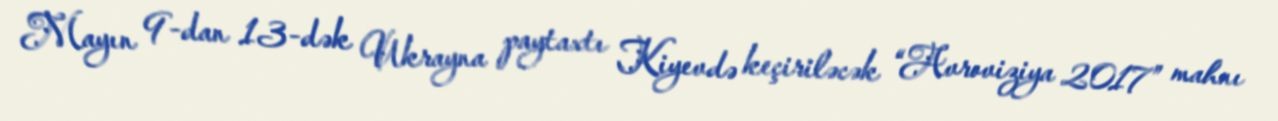
Mayın 9-dan 13-dək Ukrayna paytaxtı Kiyevdə keçiriləcək “Avroviziya 2017” mahnı